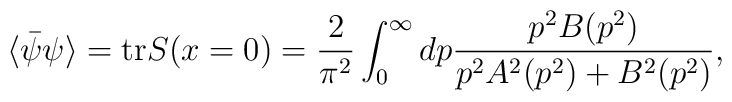
\langle \bar{\psi} \psi \rangle = {\rm tr}S(x=0) = \frac{2}{\pi^2} \int_0^\infty dp \frac{p^2 B(p^2)}                        {p^2 A^2(p^2) + B^2(p^2)},